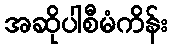
အဆိုပါစီမံကိန်း